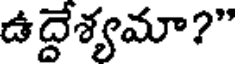
ఉద్దేశ్యమా?"